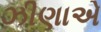
ઝીણાએ